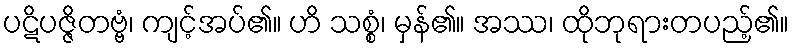
ပဋိပဇ္ဇိတဗ္ဗံ၊ ကျင့်အပ်၏။ ဟိ သစ္စံ၊ မှန်၏။ အဿ၊ ထိုဘုရားတပည့်၏။